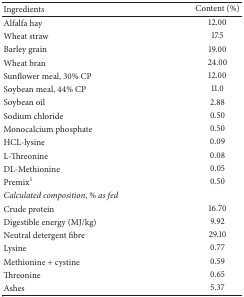
<table><thead><tr><td><b>Ingredients </b></td><td><b>Content (%)</b></td></tr></thead><tbody><tr><td>Alfalfa hay</td><td>12.00</td></tr><tr><td>Wheat straw</td><td>17.5</td></tr><tr><td>Barley grain</td><td>19.00</td></tr><tr><td>Wheat bran</td><td>24.00</td></tr><tr><td>Sunflower meal, 30% CP</td><td>12.00</td></tr><tr><td>Soybean meal, 44% CP</td><td>11.0</td></tr><tr><td>Soybean oil</td><td>2.88</td></tr><tr><td>Sodium chloride</td><td>0.50</td></tr><tr><td>Monocalcium phosphate</td><td>0.50</td></tr><tr><td>HCL-lysine</td><td>0.09</td></tr><tr><td>L-Threonine</td><td>0.08</td></tr><tr><td>DL-Methionine</td><td>0.05</td></tr><tr><td>Premix<sup>1</sup></td><td>0.50</td></tr><tr><td><i>Calculated composition</i>,<i> % as fed</i></td><td> </td></tr><tr><td>Crude protein</td><td>16.70</td></tr><tr><td>Digestible energy (MJ/kg)</td><td>9.92</td></tr><tr><td>Neutral detergent fibre</td><td>29.10</td></tr><tr><td>Lysine</td><td>0.77</td></tr><tr><td>Methionine + cystine</td><td>0.59</td></tr><tr><td>Threonine </td><td>0.65</td></tr><tr><td>Ashes </td><td>5.37</td></tr></tbody></table>